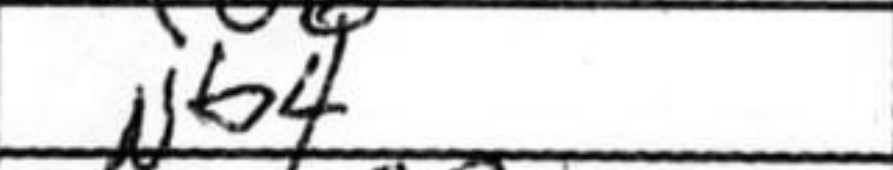
Transcription: Nb4